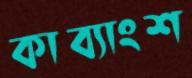
কাব্যাংশ